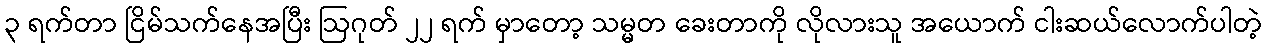
၃ ရက်တာ ငြိမ်သက်နေအပြီး ဩဂုတ် ၂၂ ရက် မှာတော့ သမ္မတ ခေးတာကို လိုလားသူ အယောက် ငါးဆယ်လောက်ပါတဲ့